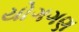
યોગગણ